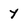
Character: y